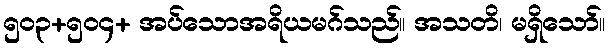
၅၀၃+၅၀၄+ အပ်သောအရိယမဂ်သည်။ အသတိ၊ မရှိသော်။